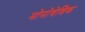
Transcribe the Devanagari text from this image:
मोनोबेशिक